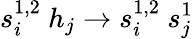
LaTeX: s_{i}^{1,2}\ h_{j}\to s_{i}^{1,2}\ s_{j}^{1}